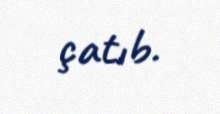
çatıb.